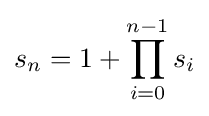
s_{n}=1+\prod _{i=0}^{n-1}s_{i}